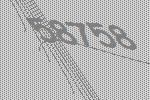
58758